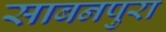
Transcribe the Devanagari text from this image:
साबनपुरा